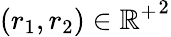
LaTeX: (r_{1},r_{2})\in{\mathbb{R}^{+}}^{2}